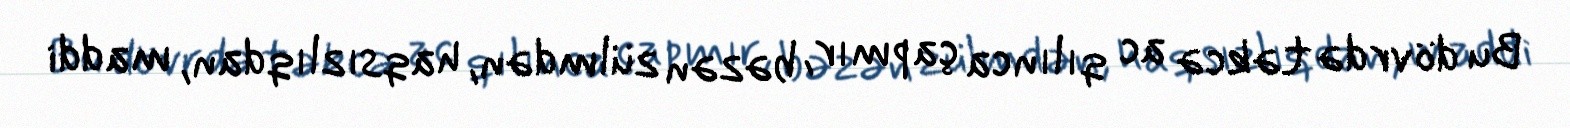
Bu dövrdə təkcə ac qılınca çapmır, bəzən zülmdən, haqsızlıqdan, maddi